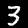
Digit: 3